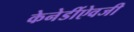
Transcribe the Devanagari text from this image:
केनेडींऐवजी